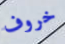
خروف